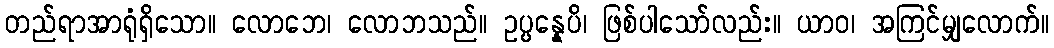
တည်ရာအာရုံရှိသော။ လောဘေ၊ လောဘသည်။ ဥပ္ပန္နေပိ၊ ဖြစ်ပါသော်လည်း။ ယာဝ၊ အကြင်မျှလောက်။